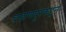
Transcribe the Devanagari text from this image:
बऱ्हाणपूरकडून